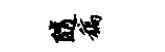
随稿